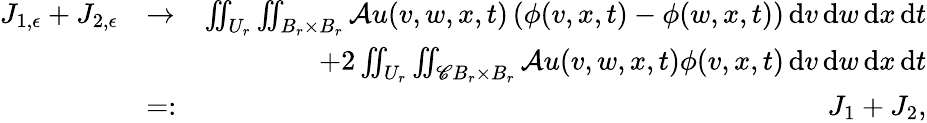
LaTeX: \begin{array}{rlr}{J_{1,\epsilon}+J_{2,\epsilon}}&{\rightarrow}&{\iint_{U_{r}}\iint_{B_{r}\times B_{r}}\mathcal{A}u(v,w,x,t)\left(\phi(v,x,t)-\phi(w,x,t)\right)\, \mathrm{d}v\, \mathrm{d}w\, \mathrm{d}x\, \mathrm{d}t}\\ &{}&{+2\iint_{U_{r}}\iint_{\mathscr{C}B_{r}\times B_{r}}\mathcal{A}u(v,w,x,t)\phi(v,x,t)\, \mathrm{d}v\, \mathrm{d}w\, \mathrm{d}x\, \mathrm{d}t}\\ &{=:}&{J_{1}+J_{2},}\end{array}